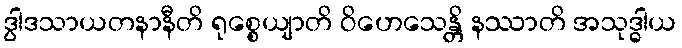
ဒွါဒသာယတနာနီတိ ရုစ္စေယျာတိ ဝိဟေသေန္တိ နဿာတိ အသုဒ္ဓါယ